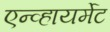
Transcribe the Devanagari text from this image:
एन्व्हायर्मेट